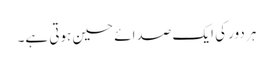
ہر دور کی ایک صدائے حسین ہوتی ہے۔